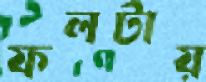
ফলটায়